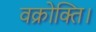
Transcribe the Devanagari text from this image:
वक्रोक्ति।